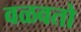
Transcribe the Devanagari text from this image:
वळवतो